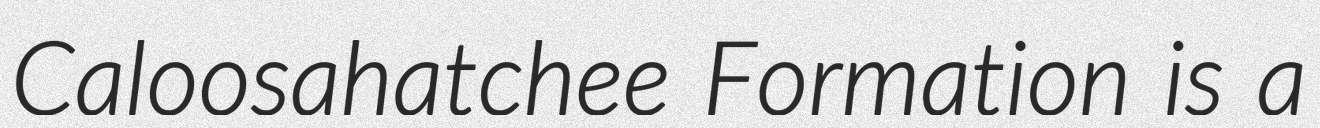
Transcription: Caloosahatchee Formation is a